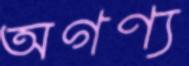
অগণ্য